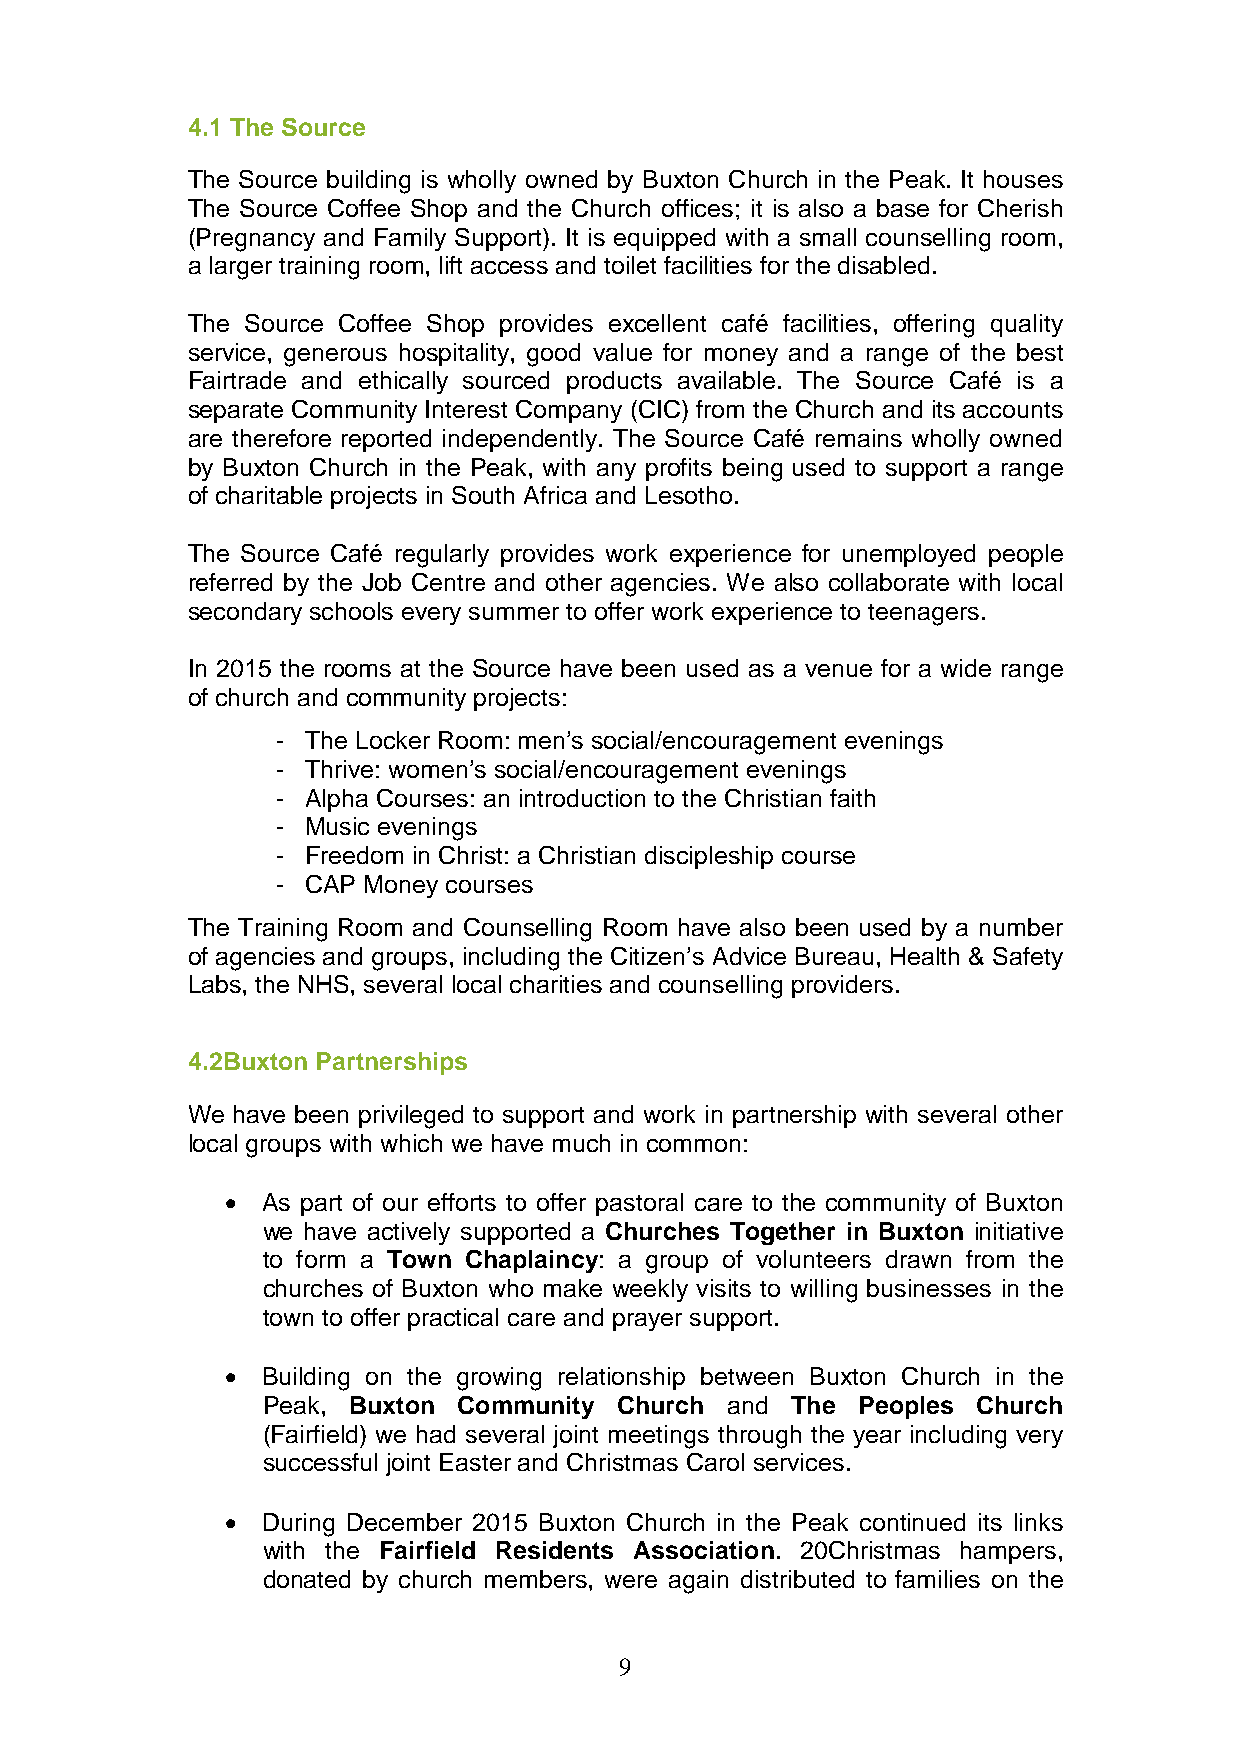
4.1 The Source
 The Source building is wholly owned by Buxton Church in the Peak. It houses
 The Source Coffee Shop and the Church offices; it is also a base for Cherish
 (Pregnancy and Family Support). It is equipped with a small counselling room,
 a larger training room, lift access and toilet facilities for the disabled.
 The Source Coffee Shop provides excellent café facilities, offering quality
 service, generous hospitality, good value for money and a range of the best
 Fairtrade and ethically sourced products available. The Source Café is a
 separate Community Interest Company (CIC) from the Church and its accounts
 are therefore reported independently. The Source Café remains wholly owned
 by Buxton Church in the Peak, with any profits being used to support a range
 of charitable projects in South Africa and Lesotho.
 The Source Café regularly provides work experience for unemployed people
 referred by the Job Centre and other agencies. We also collaborate with local
 secondary schools every summer to offer work experience to teenagers.
 In 2015 the rooms at the Source have been used as a venue for a wide range
 of church and community projects:
 - The Locker Room: men’s social/encouragement evenings
 - Thrive: women’s social/encouragement evenings
 - Alpha Courses: an introduction to the Christian faith
 - Music evenings
 - Freedom in Christ: a Christian discipleship course
 - CAP Money courses
 The Training Room and Counselling Room have also been used by a number
 of agencies and groups, including the Citizen’s Advice Bureau, Health & Safety
 Labs, the NHS, several local charities and counselling providers.
 4.2Buxton Partnerships
 We have been privileged to support and work in partnership with several other
 local groups with which we have much in common:
 • As part of our efforts to offer pastoral care to the community of Buxton
 we have actively supported a Churches Together in Buxton initiative
 to form a Town Chaplaincy: a group of volunteers drawn from the
 churches of Buxton who make weekly visits to willing businesses in the
 town to offer practical care and prayer support.
 • Building on the growing relationship between Buxton Church in the
 Peak, Buxton Community  Church and The  Peoples Church
 (Fairfield) we had several joint meetings through the year including very
 successful joint Easter and Christmas Carol services.
 • During December 2015 Buxton Church in the Peak continued its links
 with the Fairfield Residents Association. 20Christmas hampers,
 donated by church members, were again distributed to families on the
 9